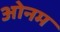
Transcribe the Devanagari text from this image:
ओनम